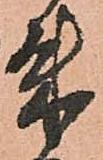
朱